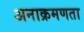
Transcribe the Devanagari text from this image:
अनाक्रमणता